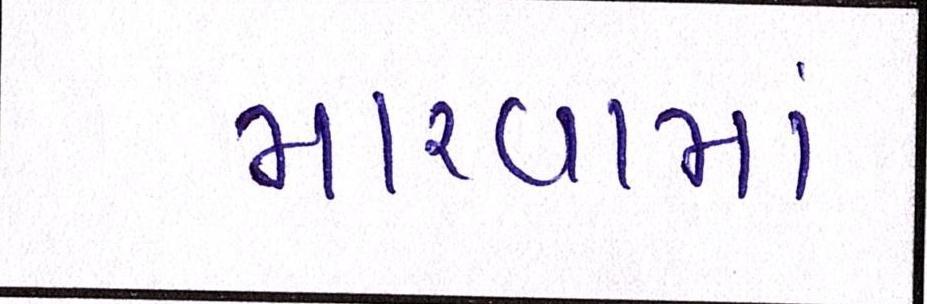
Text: મારવામાં